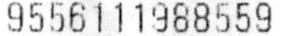
9556111988559